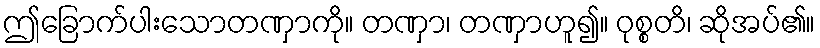
ဤခြောက်ပါးသောတဏှာကို။ တဏှာ၊ တဏှာဟူ၍။ ဝုစ္စတိ၊ ဆိုအပ်၏။